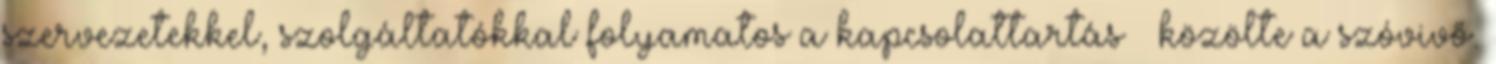
szervezetekkel, szolgáltatókkal folyamatos a kapcsolattartás – közölte a szóvivő.